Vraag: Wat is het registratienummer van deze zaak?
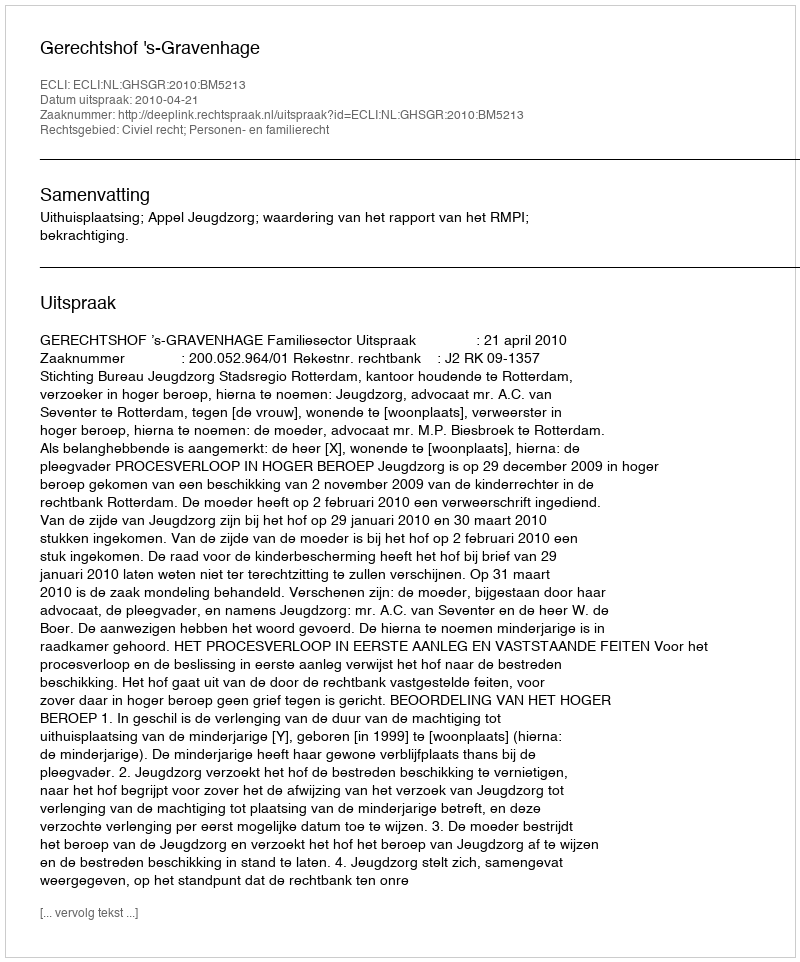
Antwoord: http://deeplink.rechtspraak.nl/uitspraak?id=ECLI:NL:GHSGR:2010:BM5213